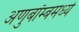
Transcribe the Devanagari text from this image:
अणुबॉम्बमध्ये